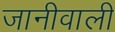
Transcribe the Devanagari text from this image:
जानीवाली